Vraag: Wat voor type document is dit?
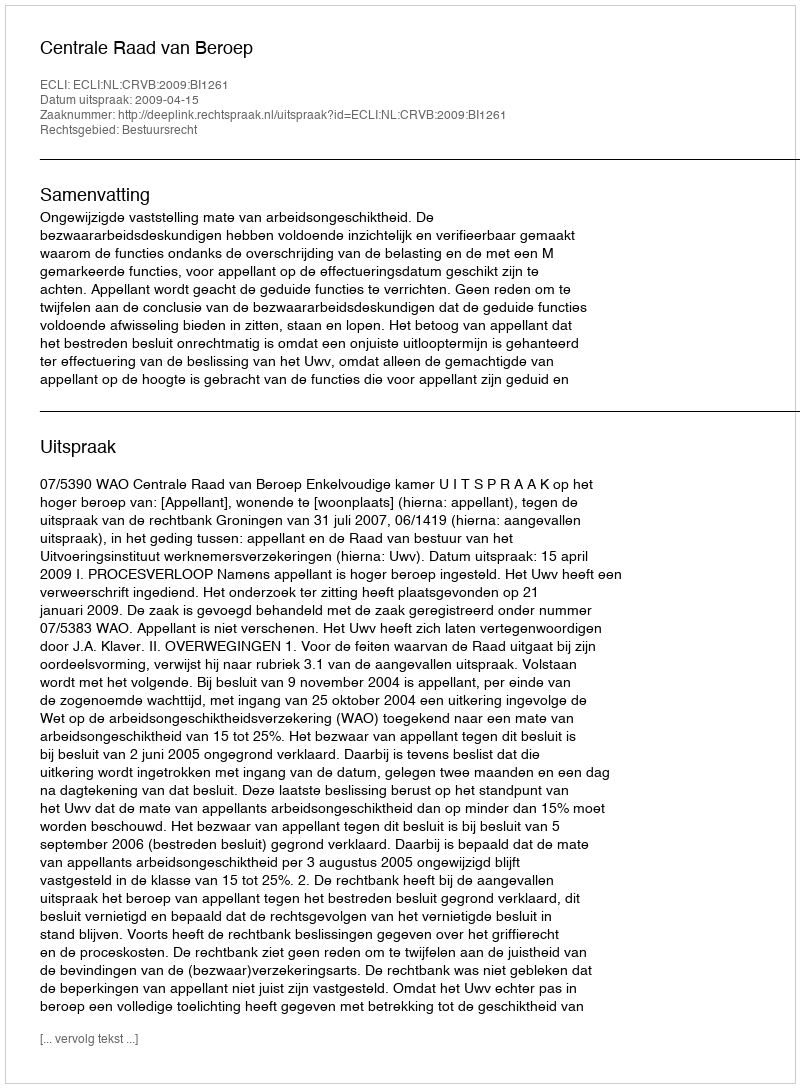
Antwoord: Uitspraak